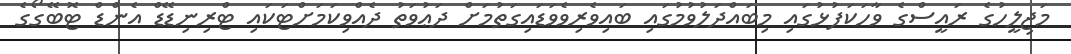
މަޖިލީހުގެ ރައީސްގެ ވާހަކަފުޅުގައި މިބައްދަލުވުމުގައި ބައިވެރިވެވަޑައިގަތުމަށް ދަޢުުވަތު ދެއްވިކަމަށްޓަކައި ޓްރިނިޑޭޑް އެންޑް ޓޮބޭގޯގެ